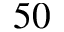
5 0